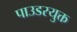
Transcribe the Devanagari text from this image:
पाउडरयुक्त